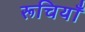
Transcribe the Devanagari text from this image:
रूचियाँ